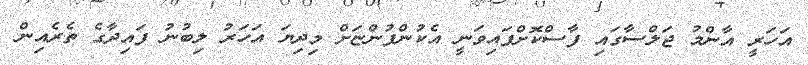
އަހަރީ އާންމު ޖަލްސާގައި ފާސްކޮށްފައިވަނީ އެކުންފުންޏަށް މިދިޔަ އަހަރު ލިބުނު ފައިދާގެ ތެރެއިން